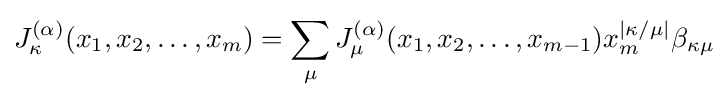
J_{\kappa }^{(\alpha )}(x_{1},x_{2},\ldots ,x_{m})=\sum _{\mu }J_{\mu }^{(\alpha )}(x_{1},x_{2},\ldots ,x_{m-1})x_{m}^{|\kappa /\mu |}\beta _{\kappa \mu }